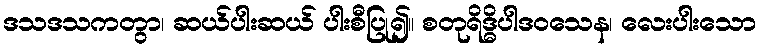
ဒသဒသကတွာ၊ ဆယ်ပါးဆယ် ပါးစီပြု၍။ စတုရိဒ္ဓိပါဒဝသေန၊ လေးပါးသော